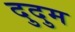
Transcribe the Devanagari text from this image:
दुदुम